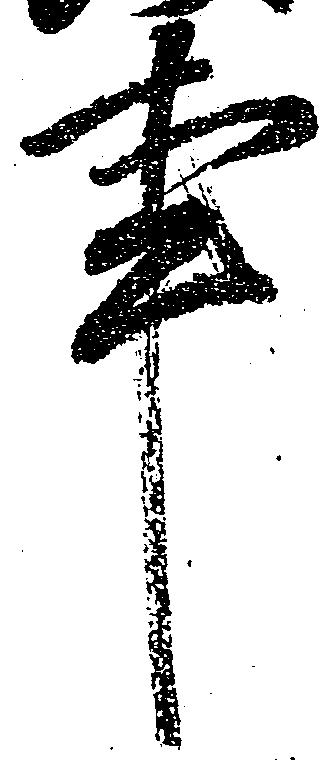
事